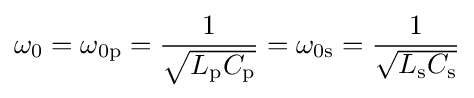
\omega _{0}=\omega _{0\mathrm {p} }={1 \over {\sqrt {L_{\mathrm {p} }C_{\mathrm {p} }}}}=\omega _{0\mathrm {s} }={1 \over {\sqrt {L_{\mathrm {s} }C_{\mathrm {s} }}}}